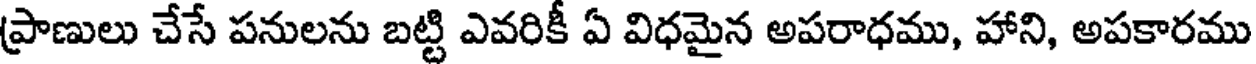
ప్రాణులు చేసే పనులను బట్టి ఎవరికీ ఏ విధమైన అపరాధము, హాని, అపకారము